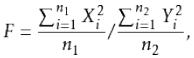
\[
F = \frac{\sum_{i = 1}^{n_1} X_i^2}{n_1} \big/ \frac{\sum_{i = 1}^{n_2} Y_i^2}{n_2},
\]